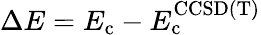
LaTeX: \Delta E=E_{\mathrm{c}}-E_{\mathrm{c}}^{\mathrm{CCSD(T)}}